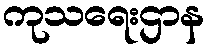
ကုသရေးဌာန